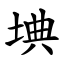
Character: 㙉